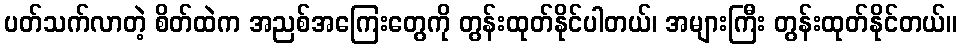
ပတ်သက်လာတဲ့ စိတ်ထဲက အညစ်အကြေးတွေကို တွန်းထုတ်နိုင်ပါတယ်၊ အများကြီး တွန်းထုတ်နိုင်တယ်။